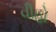
વીહો